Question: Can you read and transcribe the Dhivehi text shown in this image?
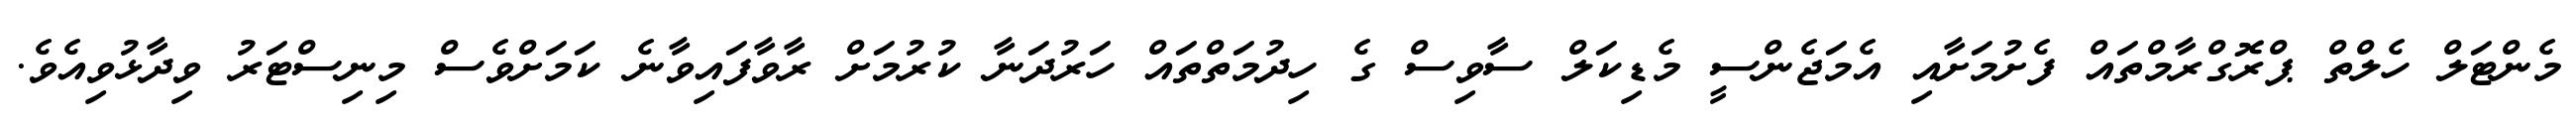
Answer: މެންޓަލް ހެލްތް ޕްރޮގްރާމްތައް ފެށުމަށާއި އެމަޖެންސީ މެޑިކަލް ސާވިސް ގެ ހިދުމަތްތައް ހަރުދަނާ ކުރުމަށް ރާވާފައިވާނެ ކަމަށްވެސް މިނިސްޓަރު ވިދާޅުވިއެވެ.